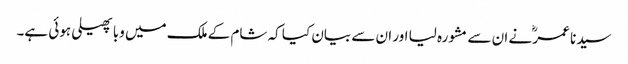
سیدنا عمرؓ نے ان سے مشورہ لیا اور ان سے بیان کیا کہ شام کے ملک میں وبا پھیلی ہوئی ہے۔